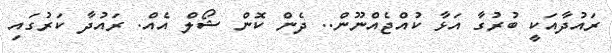
ރައުދާއަކީ ބުރުގާ އަޅާ ކުއްޖެއްނޫން.. ދެން ކޮން ޝޯލް އެއް. ރައުދާ ކަރުގައި